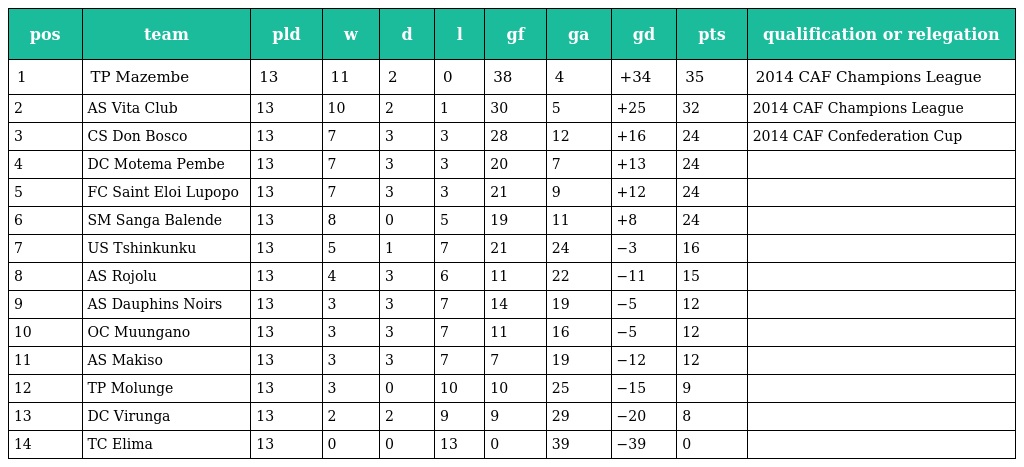
| pos | team | pld | w | d | l | gf | ga | gd | pts | qualification or relegation |
 | --- | --- | --- | --- | --- | --- | --- | --- | --- | --- | --- |
 | 1 | TP Mazembe | 13 | 11 | 2 | 0 | 38 | 4 | +34 | 35 | 2014 CAF Champions League |
 | 2 | AS Vita Club | 13 | 10 | 2 | 1 | 30 | 5 | +25 | 32 | 2014 CAF Champions League |
 | 3 | CS Don Bosco | 13 | 7 | 3 | 3 | 28 | 12 | +16 | 24 | 2014 CAF Confederation Cup |
 | 4 | DC Motema Pembe | 13 | 7 | 3 | 3 | 20 | 7 | +13 | 24 |  |
 | 5 | FC Saint Eloi Lupopo | 13 | 7 | 3 | 3 | 21 | 9 | +12 | 24 |  |
 | 6 | SM Sanga Balende | 13 | 8 | 0 | 5 | 19 | 11 | +8 | 24 |  |
 | 7 | US Tshinkunku | 13 | 5 | 1 | 7 | 21 | 24 | −3 | 16 |  |
 | 8 | AS Rojolu | 13 | 4 | 3 | 6 | 11 | 22 | −11 | 15 |  |
 | 9 | AS Dauphins Noirs | 13 | 3 | 3 | 7 | 14 | 19 | −5 | 12 |  |
 | 10 | OC Muungano | 13 | 3 | 3 | 7 | 11 | 16 | −5 | 12 |  |
 | 11 | AS Makiso | 13 | 3 | 3 | 7 | 7 | 19 | −12 | 12 |  |
 | 12 | TP Molunge | 13 | 3 | 0 | 10 | 10 | 25 | −15 | 9 |  |
 | 13 | DC Virunga | 13 | 2 | 2 | 9 | 9 | 29 | −20 | 8 |  |
 | 14 | TC Elima | 13 | 0 | 0 | 13 | 0 | 39 | −39 | 0 |  |